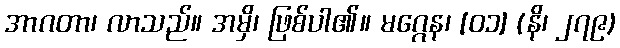
အာဂတာ၊ လာသည်။ အမှိ၊ ဖြစ်ပါ၏။ မဂ္ဂေန၊ [၀၁] (နိ၊ ၂၇၉)